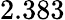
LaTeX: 2.383